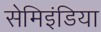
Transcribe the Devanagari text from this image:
सेमिइंडिया